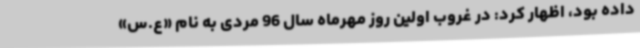
داده بود، اظهار کرد: در غروب اولین روز مهرماه سال 96 مردی به نام «ع.س»